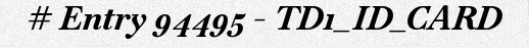
# Entry 94495 - TD1_ID_CARD